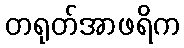
တရုတ်အာဖရိက